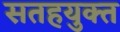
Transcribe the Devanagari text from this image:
सतहयुक्त